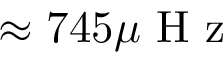
\approx 7 4 5 \mu \mathrm { ~ H ~ z ~ }